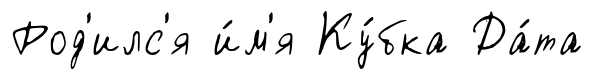
Род'илс'я и́м'я Ку́бка Да́та